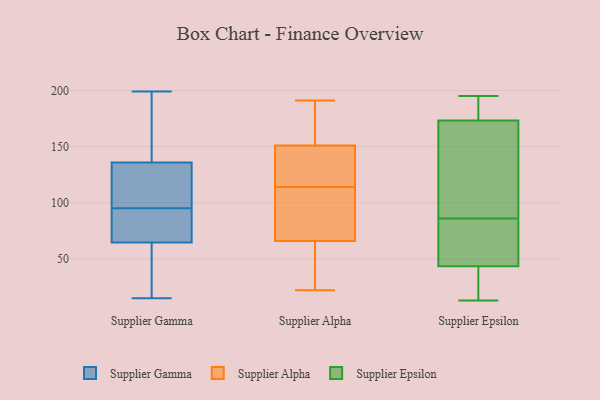
{"axis": {"x": "Energy Usage (MWh)", "y": "Value"}, "legend": ["Supplier Alpha", "Supplier Epsilon", "Supplier Gamma"], "data": [{"x": "", "y": 166, "type": "Supplier Gamma"}, {"x": "", "y": 71, "type": "Supplier Gamma"}, {"x": "", "y": 45, "type": "Supplier Gamma"}, {"x": "", "y": 124, "type": "Supplier Gamma"}, {"x": "", "y": 87, "type": "Supplier Gamma"}, {"x": "", "y": 73, "type": "Supplier Gamma"}, {"x": "", "y": 17, "type": "Supplier Gamma"}, {"x": "", "y": 199, "type": "Supplier Gamma"}, {"x": "", "y": 150, "type": "Supplier Gamma"}, {"x": "", "y": 131, "type": "Supplier Gamma"}, {"x": "", "y": 15, "type": "Supplier Gamma"}, {"x": "", "y": 95, "type": "Supplier Gamma"}, {"x": "", "y": 124, "type": "Supplier Gamma"}, {"x": "", "y": 191, "type": "Supplier Alpha"}, {"x": "", "y": 122, "type": "Supplier Alpha"}, {"x": "", "y": 82, "type": "Supplier Alpha"}, {"x": "", "y": 188, "type": "Supplier Alpha"}, {"x": "", "y": 66, "type": "Supplier Alpha"}, {"x": "", "y": 144, "type": "Supplier Alpha"}, {"x": "", "y": 112, "type": "Supplier Alpha"}, {"x": "", "y": 106, "type": "Supplier Alpha"}, {"x": "", "y": 116, "type": "Supplier Alpha"}, {"x": "", "y": 39, "type": "Supplier Alpha"}, {"x": "", "y": 59, "type": "Supplier Alpha"}, {"x": "", "y": 35, "type": "Supplier Alpha"}, {"x": "", "y": 84, "type": "Supplier Alpha"}, {"x": "", "y": 22, "type": "Supplier Alpha"}, {"x": "", "y": 151, "type": "Supplier Alpha"}, {"x": "", "y": 151, "type": "Supplier Alpha"}, {"x": "", "y": 157, "type": "Supplier Alpha"}, {"x": "", "y": 141, "type": "Supplier Alpha"}, {"x": "", "y": 37, "type": "Supplier Epsilon"}, {"x": "", "y": 15, "type": "Supplier Epsilon"}, {"x": "", "y": 32, "type": "Supplier Epsilon"}, {"x": "", "y": 45, "type": "Supplier Epsilon"}, {"x": "", "y": 43, "type": "Supplier Epsilon"}, {"x": "", "y": 181, "type": "Supplier Epsilon"}, {"x": "", "y": 184, "type": "Supplier Epsilon"}, {"x": "", "y": 69, "type": "Supplier Epsilon"}, {"x": "", "y": 174, "type": "Supplier Epsilon"}, {"x": "", "y": 100, "type": "Supplier Epsilon"}, {"x": "", "y": 103, "type": "Supplier Epsilon"}, {"x": "", "y": 194, "type": "Supplier Epsilon"}, {"x": "", "y": 195, "type": "Supplier Epsilon"}, {"x": "", "y": 77, "type": "Supplier Epsilon"}, {"x": "", "y": 80, "type": "Supplier Epsilon"}, {"x": "", "y": 170, "type": "Supplier Epsilon"}, {"x": "", "y": 86, "type": "Supplier Epsilon"}, {"x": "", "y": 13, "type": "Supplier Epsilon"}, {"x": "", "y": 171, "type": "Supplier Epsilon"}]}